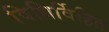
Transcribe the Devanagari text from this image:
विधिर्विहित